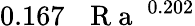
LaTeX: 0.167\, \mathrm{~\textit~{~R~a~}~}^{0.202}